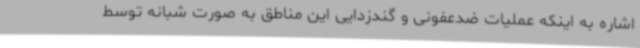
اشاره به اینکه عملیات ضدعفونی و گندزدایی این مناطق به صورت شبانه توسط